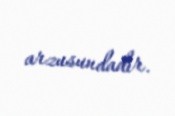
arzusundadır.